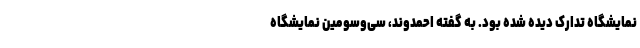
نمایشگاه تدارک دیده شده بود. به گفته احمدوند، سی‌وسومین نمایشگاه